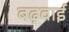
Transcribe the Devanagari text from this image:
बढ़वाई